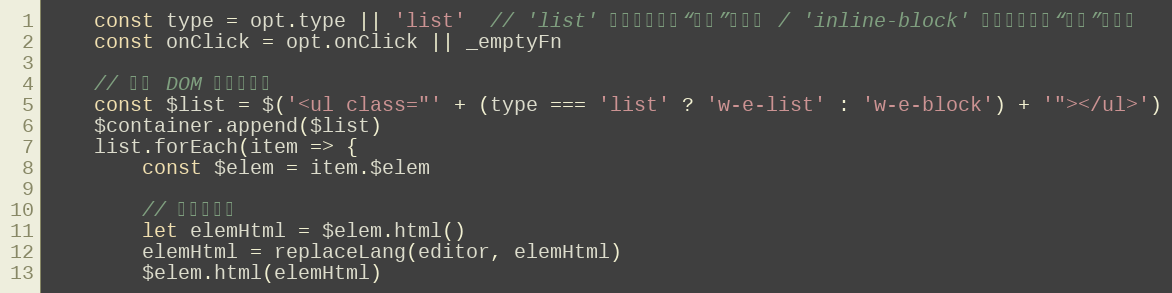
Language: JavaScript
    const type = opt.type || 'list'  // 'list' 列表形式（如“标题”菜单） / 'inline-block' 块状形式（如“颜色”菜单）
    const onClick = opt.onClick || _emptyFn

    // 加入 DOM 并绑定事件
    const $list = $('<ul class="' + (type === 'list' ? 'w-e-list' : 'w-e-block') + '"></ul>')
    $container.append($list)
    list.forEach(item => {
        const $elem = item.$elem

        // 替换多语言
        let elemHtml = $elem.html()
        elemHtml = replaceLang(editor, elemHtml)
        $elem.html(elemHtml)